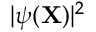
| \psi ( { \mathbf { X } } ) | ^ { 2 }